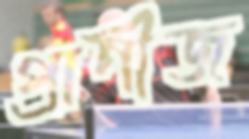
প্রাণীজ